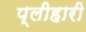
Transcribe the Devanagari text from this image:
प्लीहारी